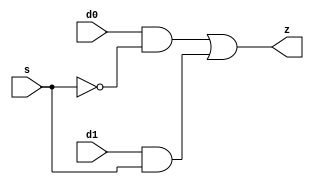
//#############################################################################
//# Function: 2-Input Mux                                                     #
//# Copyright: OH Project Authors. All rights Reserved.                       #
//# License:  MIT (see LICENSE file in OH repository)                         #
//#############################################################################

module asic_mux2 #(parameter PROP = "DEFAULT")   (
    input  d0,
    input  d1,
    input  s,
    output z
    );

   assign z = (d0 & ~s) | (d1 & s);

endmodule